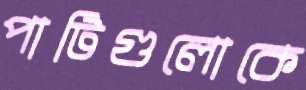
পার্টিগুলোকে